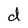
Character: d